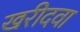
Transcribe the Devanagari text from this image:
खरीदवा